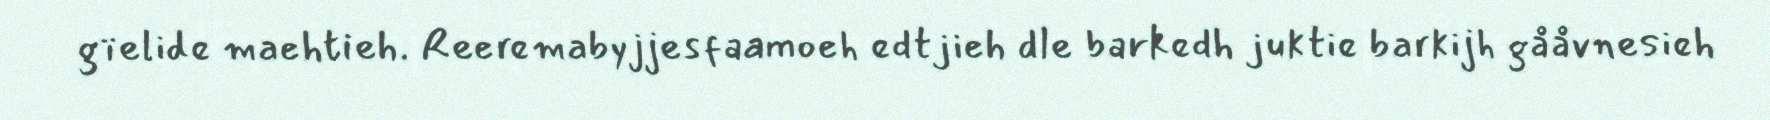
gïelide maehtieh. Reeremabyjjesfaamoeh edtjieh dle barkedh juktie barkijh gååvnesieh